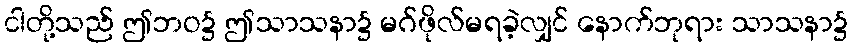
ငါတို့သည် ဤဘဝ၌ ဤသာသနာ၌ မဂ်ဖိုလ်မရခဲ့လျှင် နောက်ဘုရား သာသနာ၌